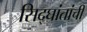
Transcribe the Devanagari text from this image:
सिद्घांतांची